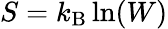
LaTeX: S=k_{\mathrm{B}}\ln(W)